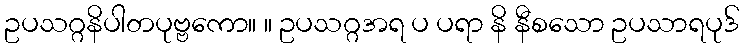
ဥပသဂ္ဂနိပါတပုဗ္ဗကော။ ။ ဥပသဂ္ဂအရ ပ ပရာ နိ နီစသော ဥပသာရပုဒ်